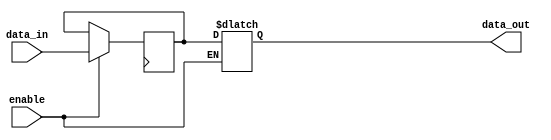
module enable_latch(
    input wire data_in,
    input wire enable,
    output reg data_out
);

reg d_latch;

always @ (posedge clk) begin
    if (enable) begin
        d_latch <= data_in;
    end
end

always @ (*) begin
    if (enable) begin
        data_out <= d_latch;
    end
end
endmodule